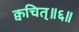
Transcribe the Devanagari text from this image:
क्वचित्॥६॥